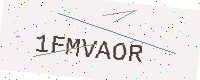
Text: 1FMVAOR